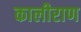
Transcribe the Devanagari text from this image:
कालीराण